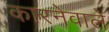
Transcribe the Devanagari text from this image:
कारनेवाले